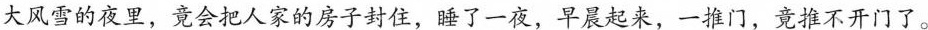
大风雪的夜里，竟会把人家的房子封住，睡了一夜，早晨起来，一推门，竟推不开门了。